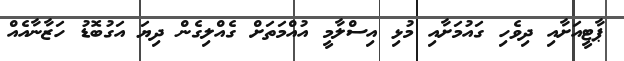
ޕާޓީއަށާއި ދިވެހި ގައުމަށާއި މުޅި އިސްލާމީ އުއްމަތަށް ގެއްލިގެން ދިޔަ އަގުބޮޑު ހަޒާނާއެއް